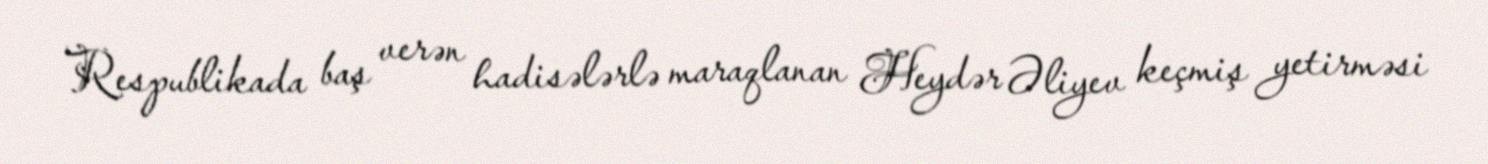
Respublikada baş verən hadisələrlə maraqlanan Heydər Əliyev keçmiş yetirməsi